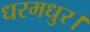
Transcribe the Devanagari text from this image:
धरमधुर।